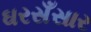
ઘરસઁસાર